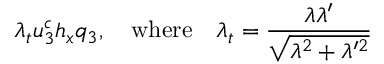
\lambda _ { t } u _ { 3 } ^ { c } h _ { x } q _ { 3 } , \quad \mathrm { w h e r e } \quad \lambda _ { t } = \frac { \lambda \lambda ^ { \prime } } { \sqrt { \lambda ^ { 2 } + \lambda ^ { \prime 2 } } }